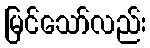
မြင်သော်လည်း